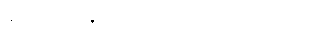
ခင်ဗျား ဘန်ကောက်ကို ဘယ်လို ထင်လဲ။